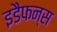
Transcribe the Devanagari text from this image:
इडैफन्स